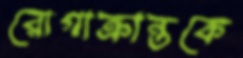
রোগাক্রান্তকে